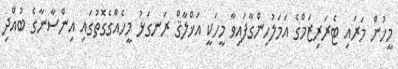
މީހުން މަރައި ޓެރަރިޒަމްގެ އަމަލުހިންގާފައިވާ މީހަކީ އަޚްލާޤް ރަނގަޅު މީހެއްގެގޮތުގައި އިންސާނާގެ ބުއްދި